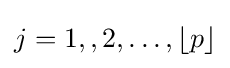
j=1,,2,\ldots ,\lfloor p\rfloor